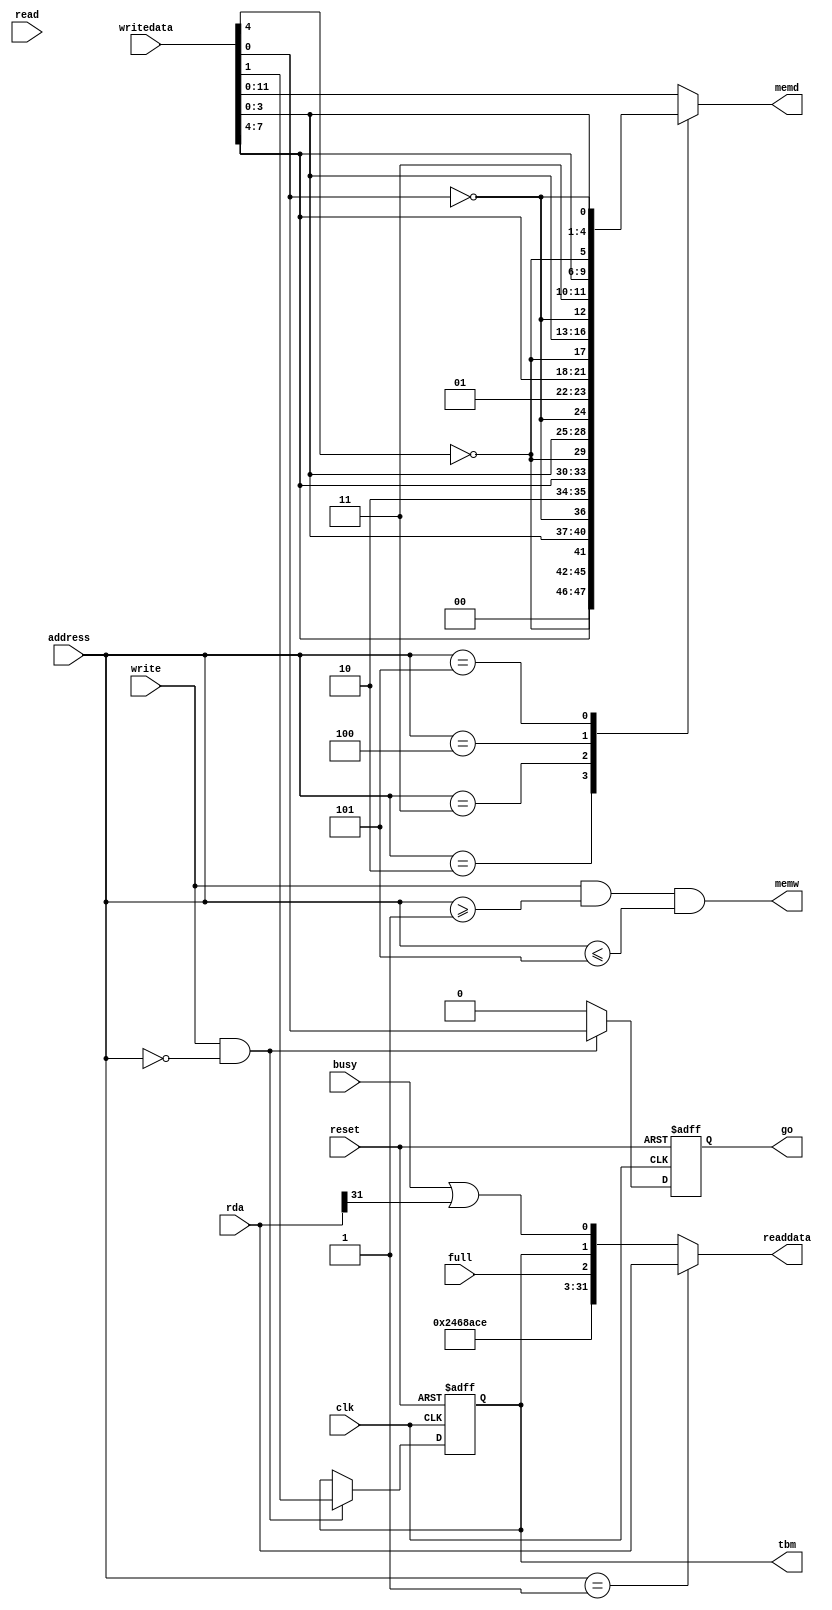
module i2c_control
(
	// avalon slave
	input clk,
	input reset,
	
	// avalon slave interface
	input   [2:0]address,
	input        write,
	input  [31:0]writedata,
	input        read,
	output reg [31:0]readdata,

	output reg go,
	input full,
	output reg [11:0]memd,
	output memw,
	input busy,
	output tbm,
	input [31:0]rda
);

	wire [9:0]i2c_data;
	reg rdbff;

	assign memw = write & (address>=1) & (address<=5);
	assign i2c_data = {writedata[7:4], !writedata[4],
	              writedata[3:0], !writedata[0]};
  always @(*)
	case (address)
		3'd2: memd <= {2'b00, i2c_data};
		3'd3: memd <= {2'b10, i2c_data}; // S
		3'd4: memd <= {2'b01, i2c_data}; //  P
		3'd5: memd <= {2'b11, i2c_data}; // SP
		default: memd <= writedata[11:0];
	endcase
	
	always @(*)
	case (address)
		3'd1:   readdata <= rda;
		default readdata <= {28'h1234_567, 1'b0, full, rdbff, busy || rda[31]};
	endcase

	// tbm mode
	always @(posedge clk or posedge reset)
	begin
		if (reset)
		begin
		  rdbff <= 0;
		  go    <= 0;
    end
		else if (write && (address == 3'd0))
		begin
			rdbff <= writedata[1];
			go    <= writedata[0];
		end
		else go <= 0;
	end
	
	assign tbm = rdbff;

endmodule